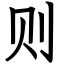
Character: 则